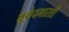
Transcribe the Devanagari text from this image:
मुकुंदभारती